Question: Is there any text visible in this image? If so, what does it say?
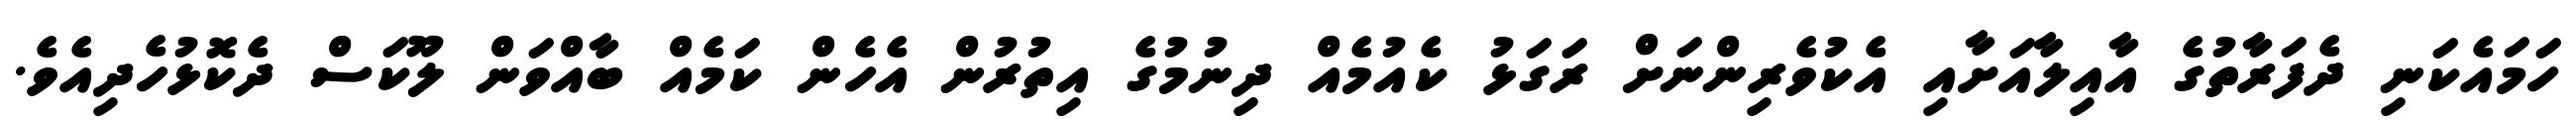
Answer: ހަމައެކަނި ދެފަރާތުގެ އާއިލާއަށާއި އެކުވެރިންނަށް ރަގަޅު ކެއުމެއް ދިނުމުގެ އިތުރުން އެހެން ކަމެއް ބާއްވަން ލޫކަސް ދެކޮޅުހެދިއެވެ.